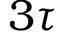
3 \tau